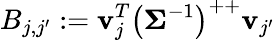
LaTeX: B_{j,j^{\prime}}:=\mathbf{v}_{j}^{T}\left(\mathbf{\Sigma}^{-1}\right)^{++}\mathbf{v}_{j^{\prime}}